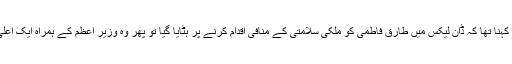
پی ٹی آئی کے پارلیمانی لیڈر شاہ محمود قریشی کا کہنا تھا کہ ڈان لیکس میں طارق فاطمی کو ملکی سلامتی کے منافی اقدام کرنے پر ہٹایا گیا تو پھر وہ وزیر اعظم کے ہمراہ ایک اعلی سطحی وفد کے ساتھ چین میں کیا لینے گئے ہیں۔